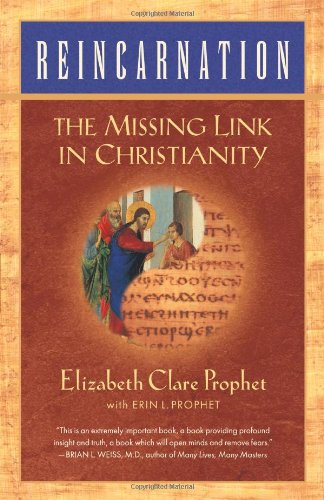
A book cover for Reincarnation: The Missing Link In Christianity; Elizabeth Clare Prophet; Religion & Spirituality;